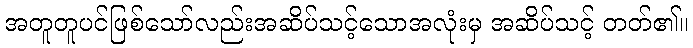
အတူတူပင်ဖြစ်သော်လည်းအဆိပ်သင့်သောအလုံးမှ အဆိပ်သင့် တတ်၏။